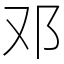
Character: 邓